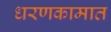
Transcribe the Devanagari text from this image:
धरणकामात